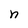
Character: n